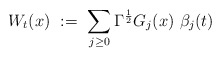
\begin{align*}W_t(x)\ :=\ \sum_{j\geq 0} \Gamma^{\frac{1}{2}}G_j(x)\ \beta_j(t) \end{align*}